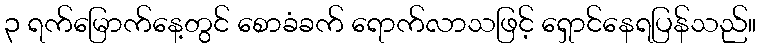
၃ ရက်မြောက်နေ့တွင် စောခံခက် ရောက်လာသဖြင့် ရှောင်နေရပြန်သည်။